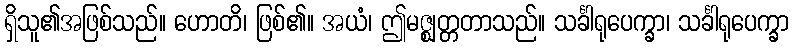
ရှိသူ၏အဖြစ်သည်။ ဟောတိ၊ ဖြစ်၏။ အယံ၊ ဤမဇ္ဈတ္တတာသည်။ သင်္ခါရုပေက္ခာ၊ သင်္ခါရုပေက္ခာ